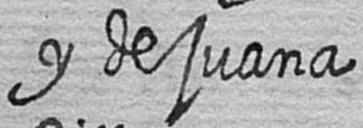
y de juana